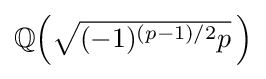
\textstyle \mathbb {Q} {\Bigl (}~\!\!{\sqrt {(-1)^{(p-1)/2}p}}~\!{\Bigr )}